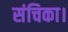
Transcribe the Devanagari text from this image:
संचिका।